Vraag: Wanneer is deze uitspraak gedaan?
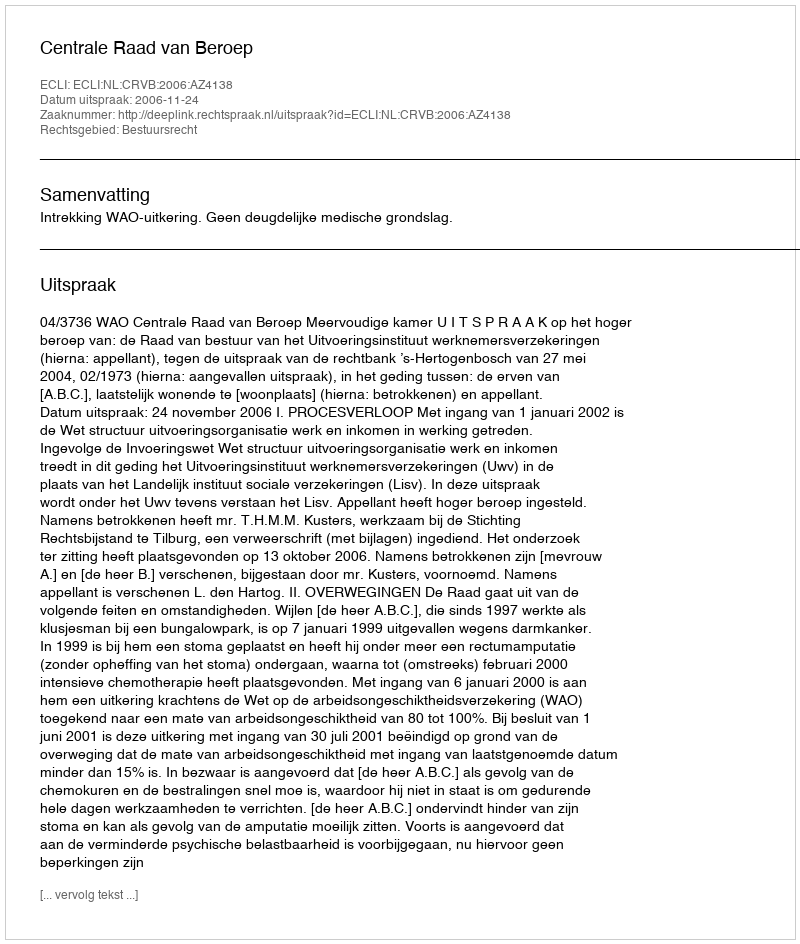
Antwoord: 2006-11-24